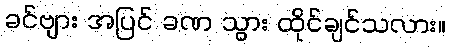
ခင်ဗျား အပြင် ခဏ သွား ထိုင်ချင်သလား။